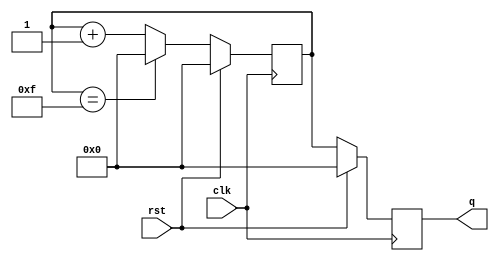
`timescale 1ns / 1ps

module bcd_counter(
    input clk, rst, 
    output reg [3:0] q
    );
reg [3:0] tmp;
always @ (posedge clk) begin
  if (rst) 
  begin
    tmp <= 4'b0000;
    q <= 4'b0000;
  end
  else 
  begin
    tmp <= tmp + 1;
    if (tmp == 4'b1111) 
    begin
      tmp <= 4'b0000;
    end
    q <= tmp;
  end
end
endmodule